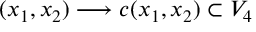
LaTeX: ( x _ { 1 } , x _ { 2 } ) \longrightarrow c ( x _ { 1 } , x _ { 2 } ) \subset V _ { 4 }